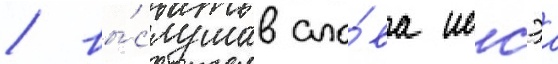
/ вы́слушав сло́ва иссэа